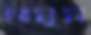
তৈমুম